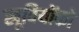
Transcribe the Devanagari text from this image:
खूबियोंको